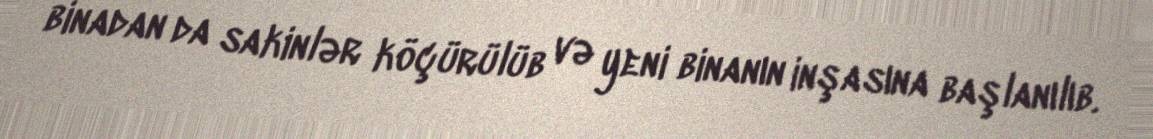
binadan da sakinlər köçürülüb və yeni binanın inşasına başlanılıb.